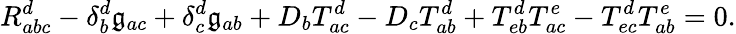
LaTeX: R_{abc}^{d}-\delta_{b}^{d}\mathfrak{g}_{ac}+\delta_{c}^{d}\mathfrak{g}_{ab}+D_{b}T_{ac}^{d}-D_{c}T_{ab}^{d}+T_{eb}^{d}T_{ac}^{e}-T_{ec}^{d}T_{ab}^{e}=0.